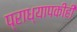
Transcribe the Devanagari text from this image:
प्राध्यापकीही